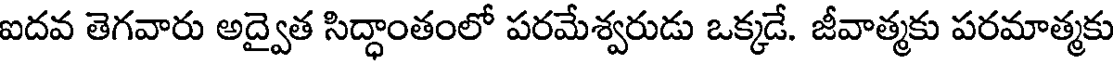
ఐదవ తెగవారు అద్వైత సిద్ధాంతంలో పరమేశ్వరుడు ఒక్కడే. జీవాత్మకు పరమాత్మకు